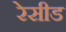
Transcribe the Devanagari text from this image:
रेसीड